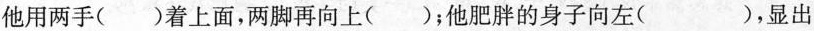
他用两手( )着上面，两脚再向上( )；他肥胖的身子向左( )，显出